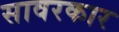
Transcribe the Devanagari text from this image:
सावरकार